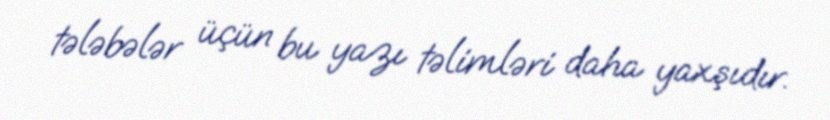
tələbələr üçün bu yazı təlimləri daha yaxşıdır.